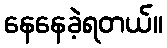
နေနေခဲ့ရတယ်။